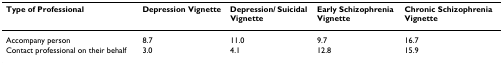
<table><thead><tr><td><b>Type of Professional</b></td><td><b>Depression Vignette</b></td><td><b>Depression/ Suicidal Vignette</b></td><td><b>Early Schizophrenia Vignette</b></td><td><b>Chronic Schizophrenia Vignette</b></td></tr></thead><tbody><tr><td>Accompany person</td><td>8.7</td><td>11.0</td><td>9.7</td><td>16.7</td></tr><tr><td>Contact professional on their behalf</td><td>3.0</td><td>4.1</td><td>12.8</td><td>15.9</td></tr></tbody></table>